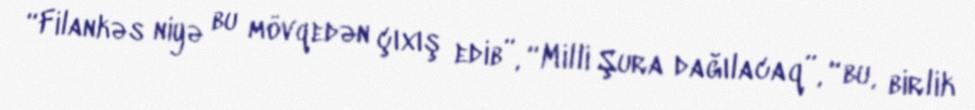
“Filankəs niyə bu mövqedən çıxış edib”, “Milli Şura dağılacaq”, “bu, birlik